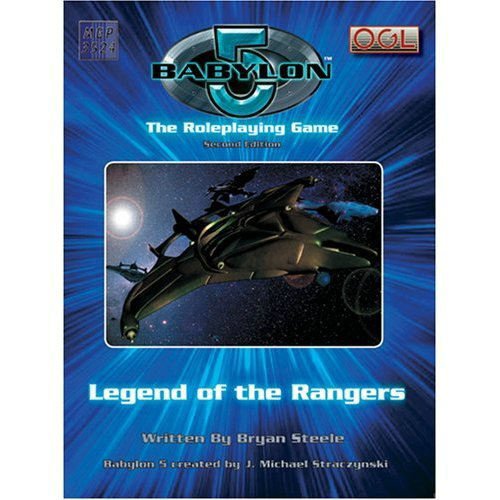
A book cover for Babylon 5 - Legends of the Rangers; Bryan Steele; Science Fiction & Fantasy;